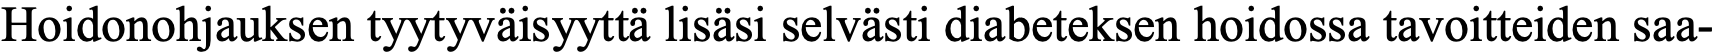
Hoidonohjauksen tyytyväisyyttä lisäsi selvästi diabeteksen hoidossa tavoitteiden saa-